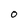
Character: O